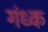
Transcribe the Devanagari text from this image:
गंध्क